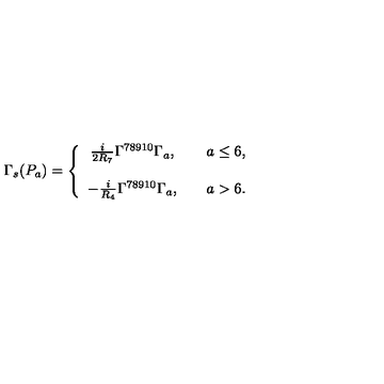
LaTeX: \Gamma _ { s } ( P _ { a } ) = \left\{ \begin{array} { c c c } { \frac { i } { 2 R _ { 7 } } \Gamma ^ { 7 8 9 1 0 } \Gamma _ { a } , } & { } & { a \leq 6 , } \\ { } & { } & { } \\ { - \frac { i } { R _ { 4 } } \Gamma ^ { 7 8 9 1 0 } \Gamma _ { a } , } & { } & { a > 6 . } \\ \end{array} \right.